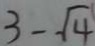
3 - \sqrt { 4 }